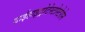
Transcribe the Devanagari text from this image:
डाईहाइड्रोटेस्टोस्टेरोन